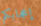
إعجابكم